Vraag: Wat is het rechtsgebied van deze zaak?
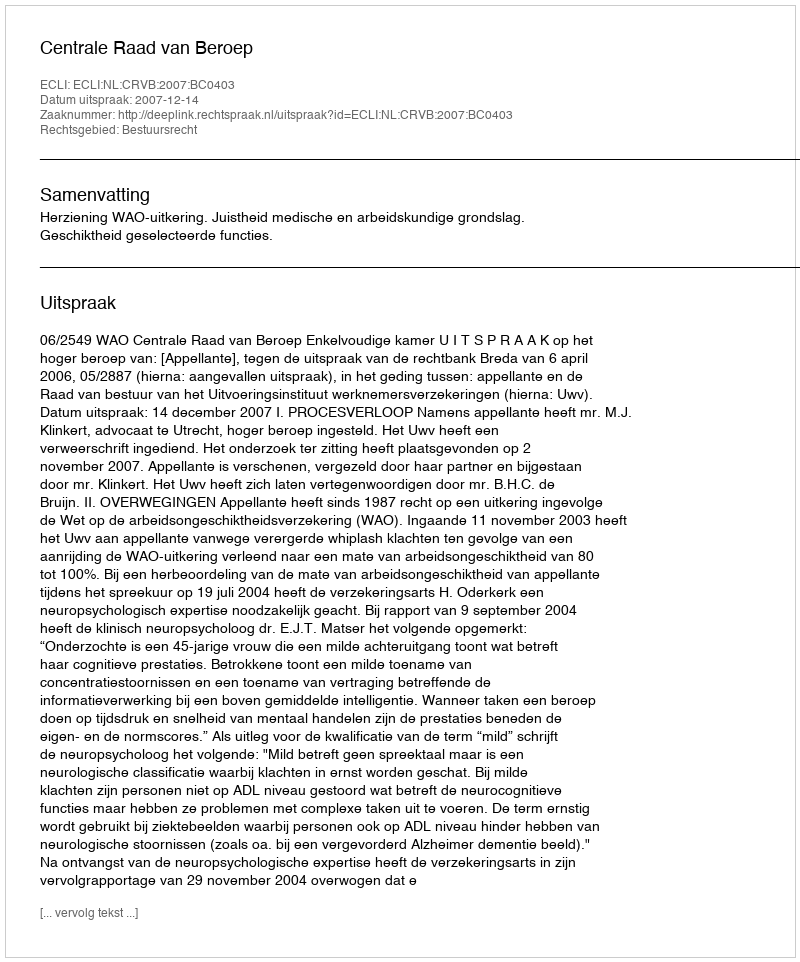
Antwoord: Bestuursrecht